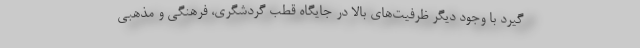
گیرد با وجود دیگر ظرفیت‌های بالا در جایگاه قطب گردشگری، فرهنگی و مذهبی